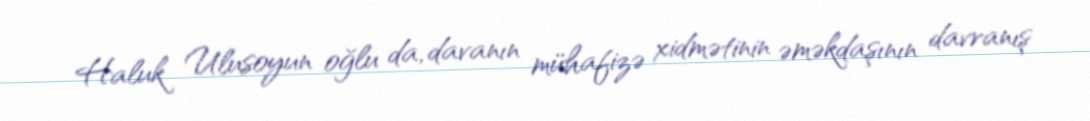
Haluk Ulusoyun oğlu da, davanın mühafizə xidmətinin əməkdaşının davranış